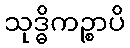
သုဒ္ဓိကဉ္စာပိ